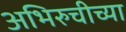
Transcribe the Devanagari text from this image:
अभिरुचीच्या